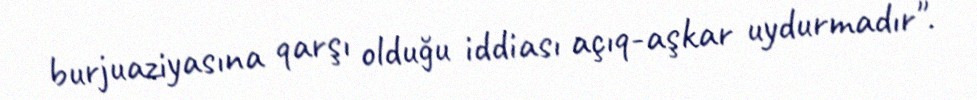
burjuaziyasına qarşı olduğu iddiası açıq-aşkar uydurmadır".